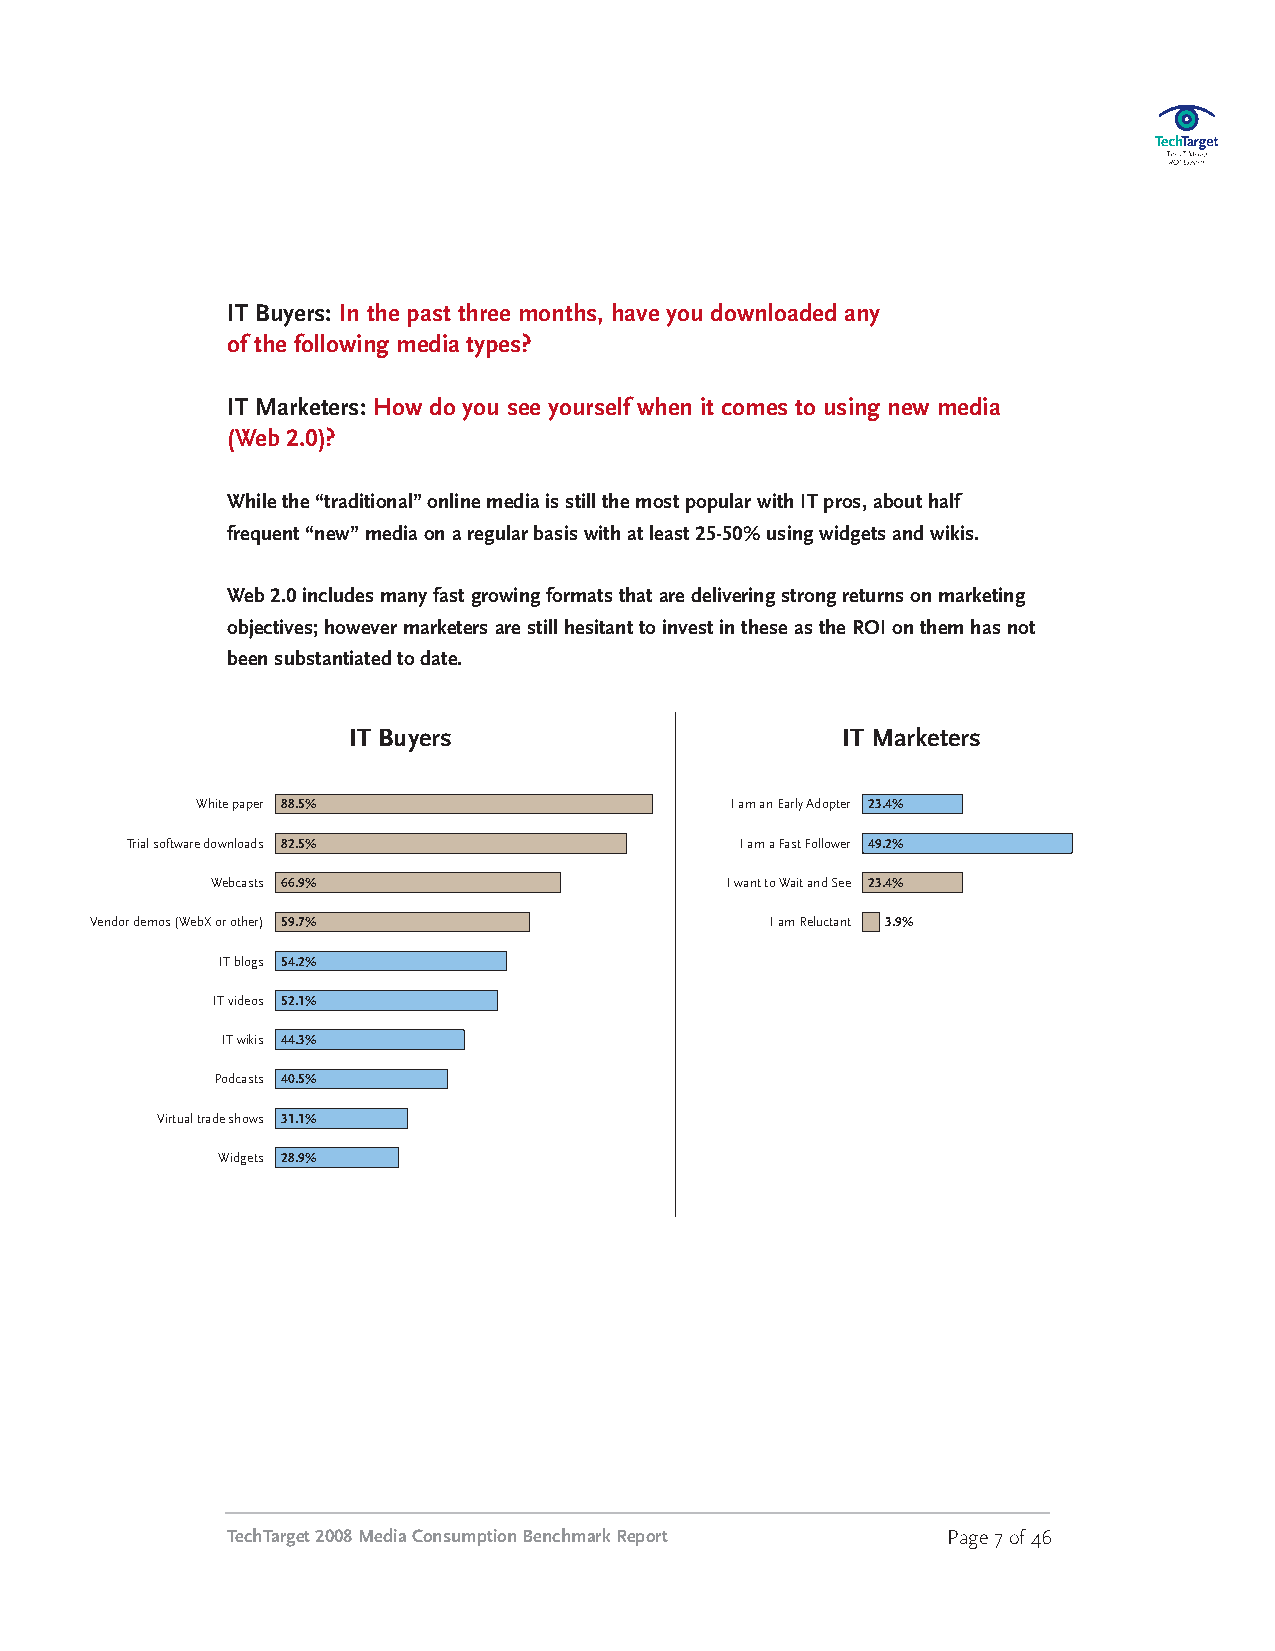
IT Buyers: In the past three months, have you downloaded any
 of the following media types?
 IT Marketers: How do you see yourself when it comes to using new media
 (Web 2.0)?
 Whilethe“traditional”onlinemediaisstillthemostpopularwithITpros,abouthalf
 frequent“new”mediaonaregularbasiswithatleast25-50%usingwidgetsandwikis.
 Web2.0includesmanyfastgrowingformatsthataredeliveringstrongreturnsonmarketing
 objectives;howevermarketersarestillhesitanttoinvestintheseastheROIonthemhasnot
 beensubstantiatedtodate.
 IT Buyers                        IT Marketers
 White paper 88.5%                  Iam anEarly Adopter 23.4%
 Trialsoftware downloads 82.5%            Iam aFast Follower 49.2%
 Webcasts 66.9%                    IwanttoWait andSee 23.4%
 Vendordemos (WebXorother) 59.7%              Iam Reluctant 3.9%
 ITblogs 54.2%
 ITvideos 52.1%
 ITwikis 44.3%
 Podcasts 40.5%
 Virtualtradeshows 31.1%
 Widgets 28.9%
 TechTarget2008MediaConsumptionBenchmarkReport   Page7of46